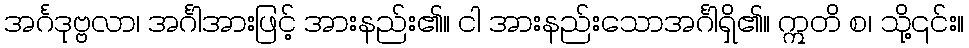
အင်္ဂဒုဗ္ဗလာ၊ အင်္ဂါအားဖြင့် အားနည်း၏။ ငါ အားနည်းသောအင်္ဂါရှိ၏။ ဣတိ စ၊ သို့၎င်း။